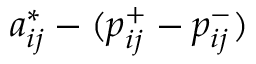
a _ { i j } ^ { * } - ( p _ { i j } ^ { + } - p _ { i j } ^ { - } )